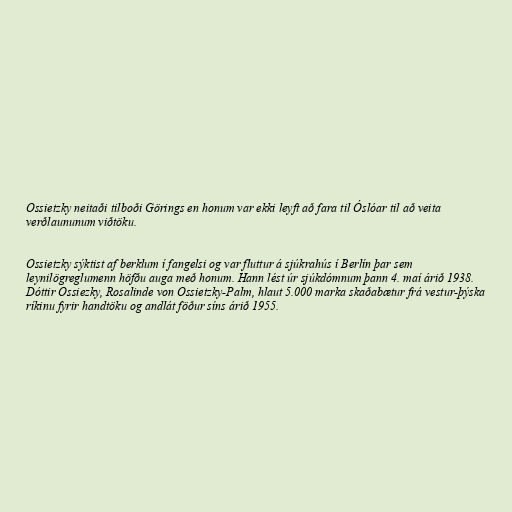
Ossietzky neitaði tilboði Görings en honum var ekki leyft að fara til Óslóar til að veita
verðlaununum viðtöku.

Ossietzky sýktist af berklum í fangelsi og var fluttur á sjúkrahús í Berlín þar sem
leynilögreglumenn höfðu auga með honum. Hann lést úr sjúkdómnum þann 4. maí árið 1938.
Dóttir Ossiezky, Rosalinde von Ossietzky-Palm, hlaut 5.000 marka skaðabætur frá vestur-þýska
ríkinu fyrir handtöku og andlát föður síns árið 1955.